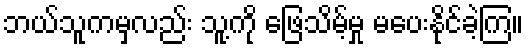
ဘယ်သူကမှလည်း သူ့ကို ဖြေသိမ့်မှု မပေးနိုင်ခဲ့ကြ။